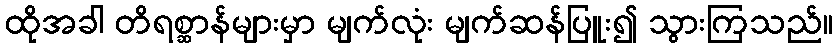
ထိုအခါ တိရစ္ဆာန်များမှာ မျက်လုံး မျက်ဆန်ပြူး၍ သွားကြသည်။